NAE_EAOK_eestikeelsed_sunnimeetrikad, lk 212
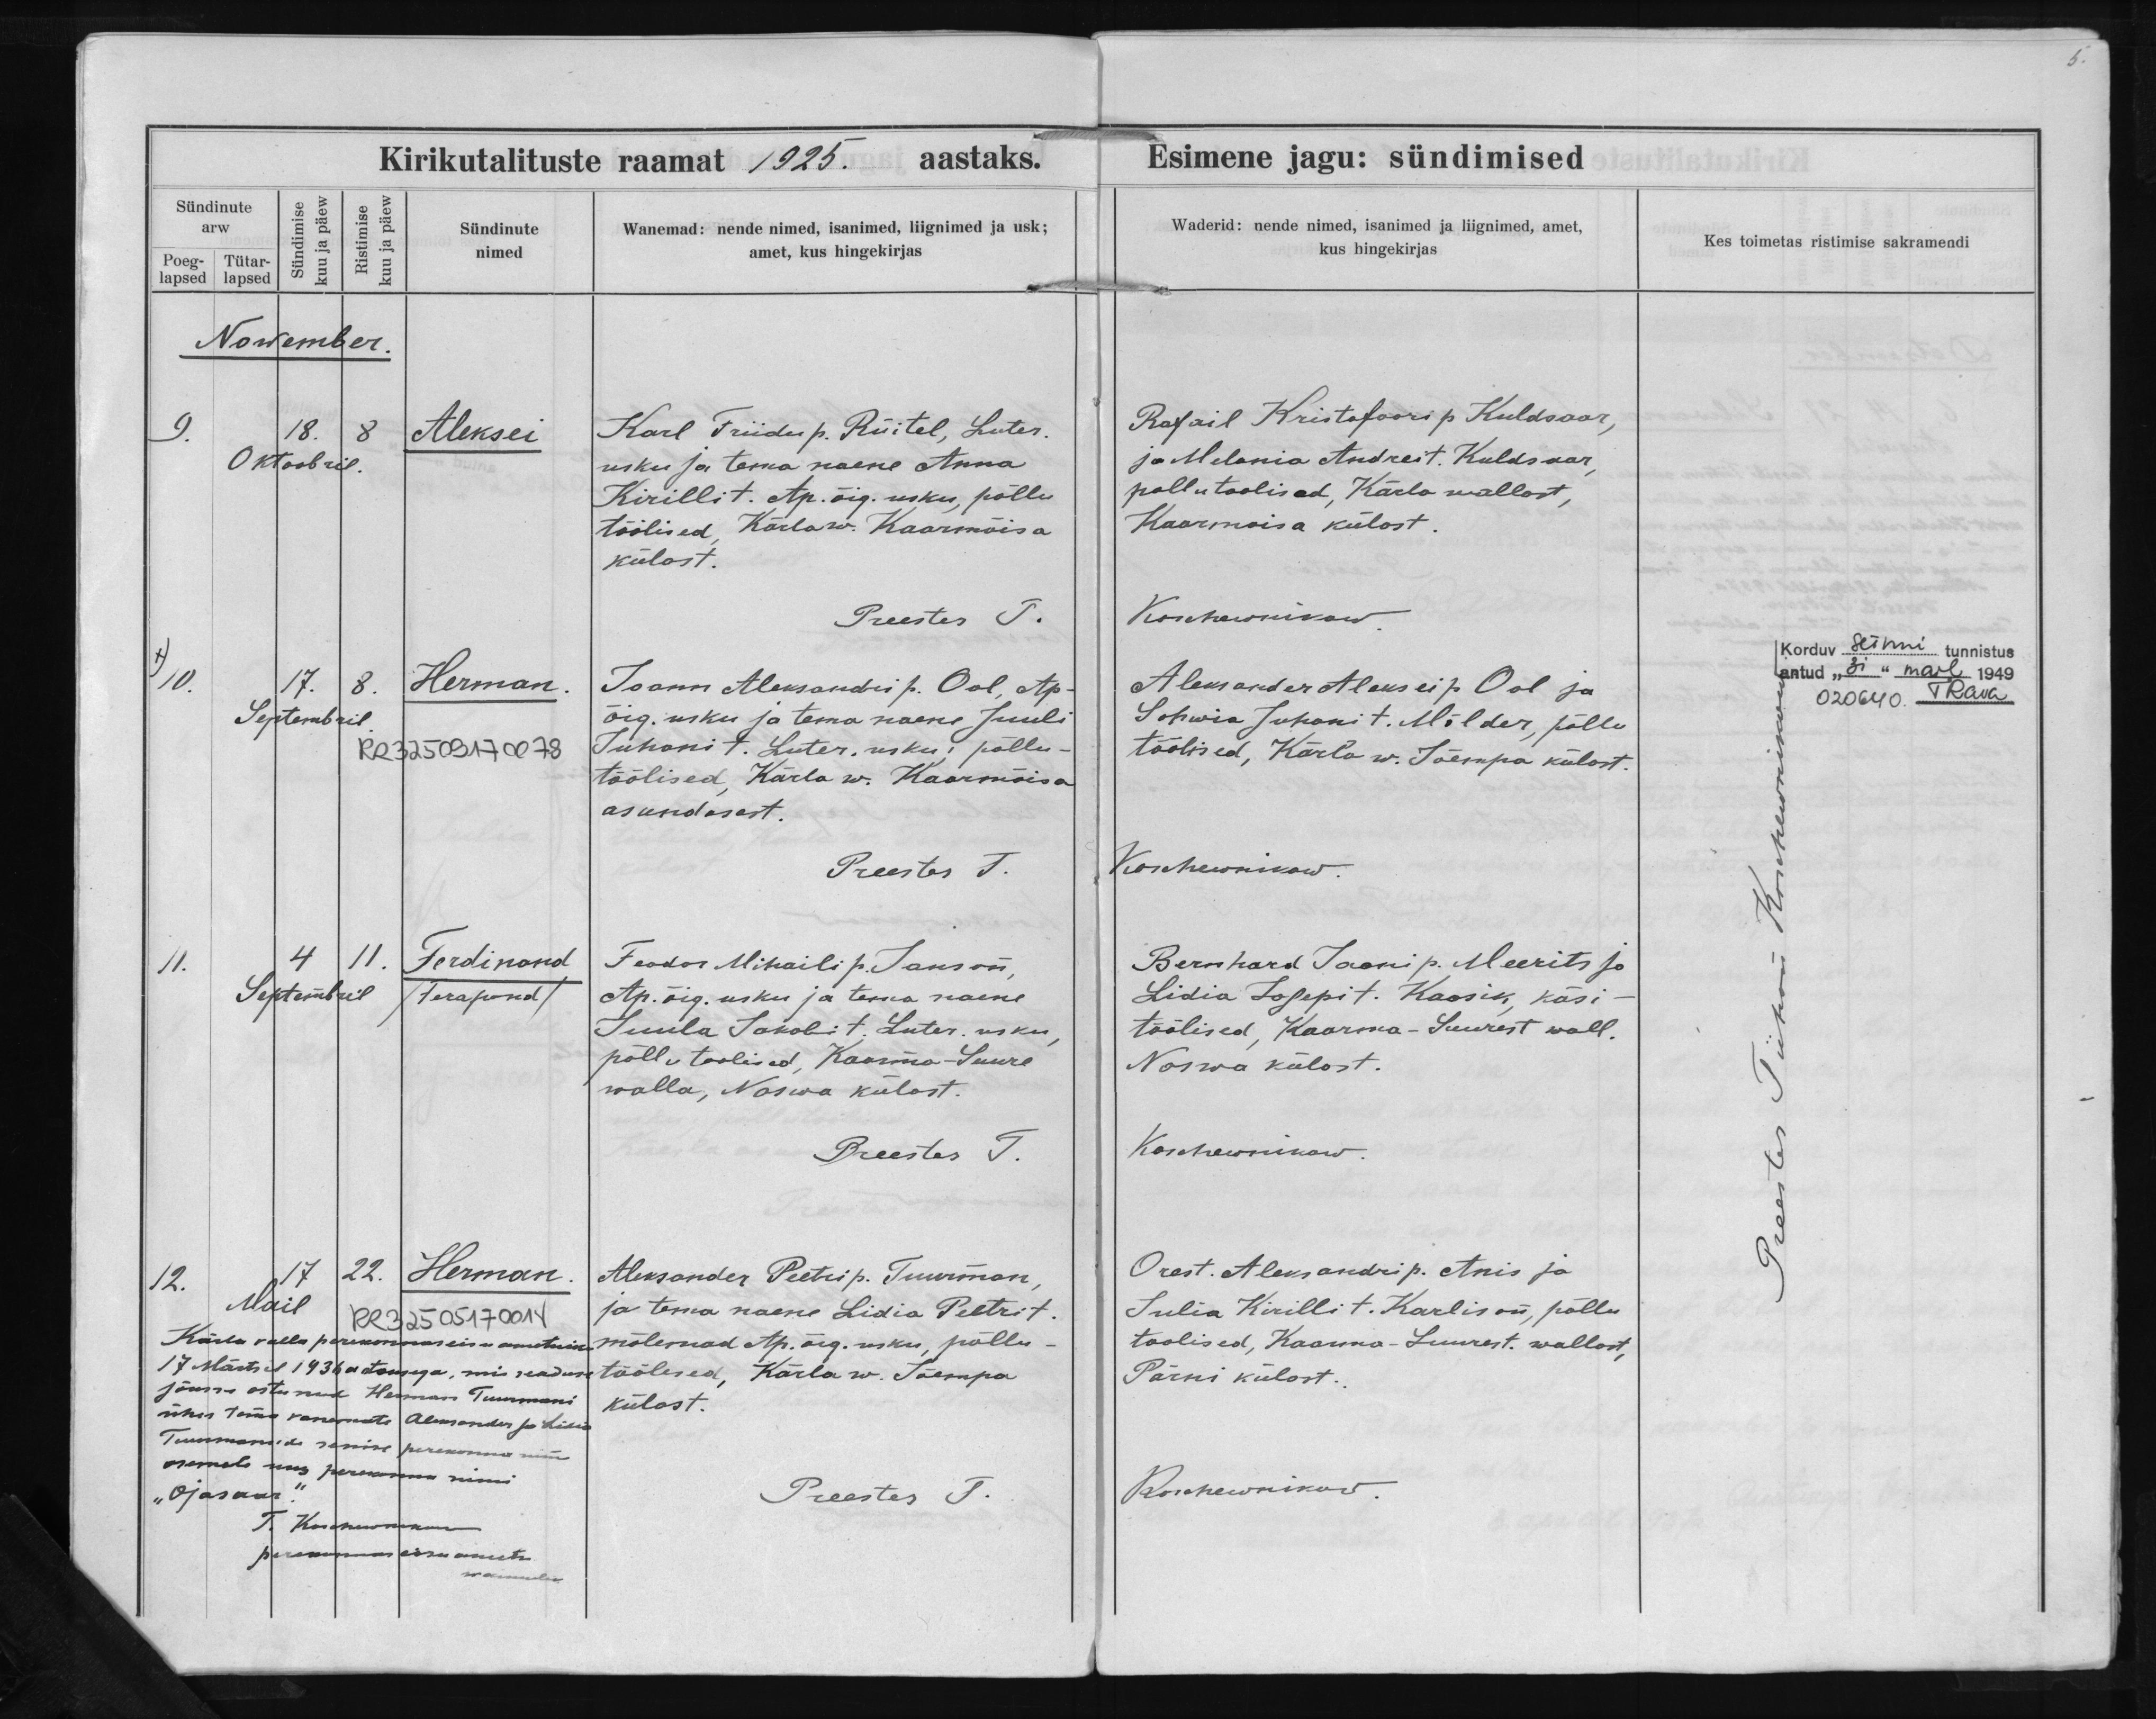
Aleksei

Herman

Ferdinand
/Ferapond/

Herman

Karl Friidu p. Rüitel, Luter.
usku ja tema naene Anna
Kirilli t. Ap. õig. usku, põllu-
töölised, Kärla w. Kaarmõisa
külast.

Joann Aleksandri p. Ool, Ap-
õig. usku ja tema naene Juuli
Juhani t. Luter. usku; põllu-
töölised, Kärla w. Kaarmõisa
asundusest.

Feodor Mihaili p. Janson,
Ap. õig. usku ja tema naene
Juula Jakobi t. Luter. usku,
põllutoolised, Kaarma-Suure
walla, Naswa külast.

Aleksander Peetri p. Tuurman,
ja tema naene Lidia Peetri t.
mõlemad Ap. õig. usku, põllu-
töölised, Kärla w. Jõempa
külast.